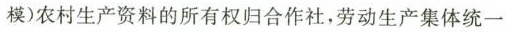
模)农村生产资料的所有权归合作社，劳动生产集体统一